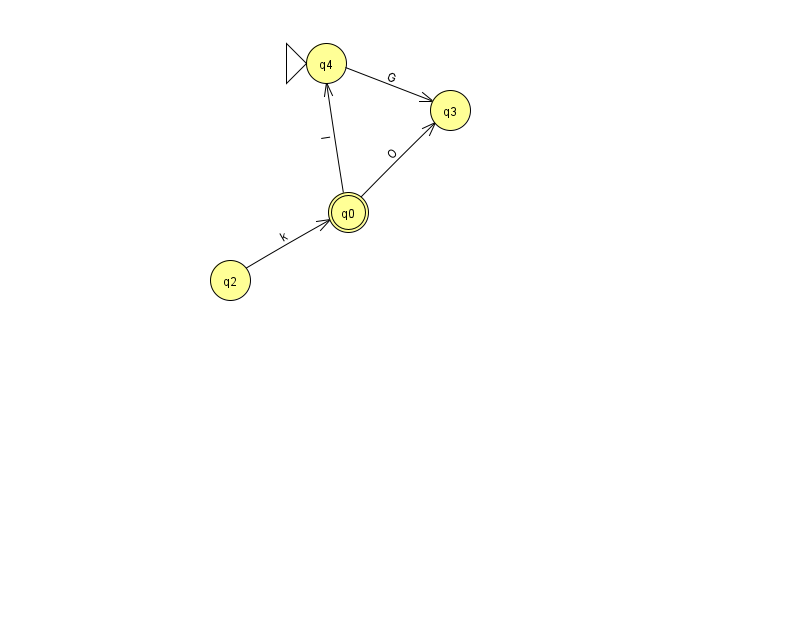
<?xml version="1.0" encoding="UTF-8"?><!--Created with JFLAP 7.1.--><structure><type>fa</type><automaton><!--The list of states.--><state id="0" name="q0"><x>348.0</x><y>199.0</y><final/></state><state id="2" name="q2"><x>230.0</x><y>267.0</y></state><state id="3" name="q3"><x>450.0</x><y>97.0</y></state><state id="4" name="q4"><x>326.0</x><y>50.0</y><initial/></state><!--The list of transitions.--><transition><from>2</from><to>0</to><read>k</read></transition><transition><from>0</from><to>4</to><read>I</read></transition><transition><from>0</from><to>3</to><read>O</read></transition><transition><from>4</from><to>3</to><read>G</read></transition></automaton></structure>